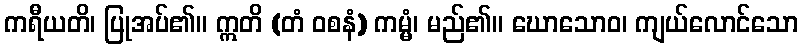
ကရီယတိ၊ ပြုအပ်၏။ ဣတိ (တံ ဝစနံ) ကမ္မံ၊ မည်၏။ ဃောသောဝ၊ ကျယ်လောင်သော